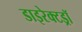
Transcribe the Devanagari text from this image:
डाइरेक्टड्रॉ